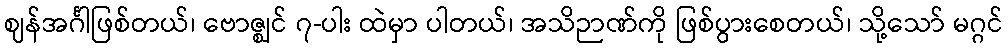
ဈန်အင်္ဂါဖြစ်တယ်၊ ဗောဇ္ဈင် ၇-ပါး ထဲမှာ ပါတယ်၊ အသိဉာဏ်ကို ဖြစ်ပွားစေတယ်၊ သို့သော် မဂ္ဂင်